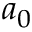
a _ { 0 }